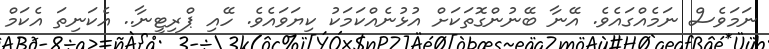
ނަމަވެސް ނަމެއްގައެވެ. އޭނާ ބޭނުންގޮތަކަށް އުޅުނެއްކަމަކު ކިޔަވައެވެ. ހޭއި ޕްރިޓީނާ.. އެކަނިތަ އެކަމް